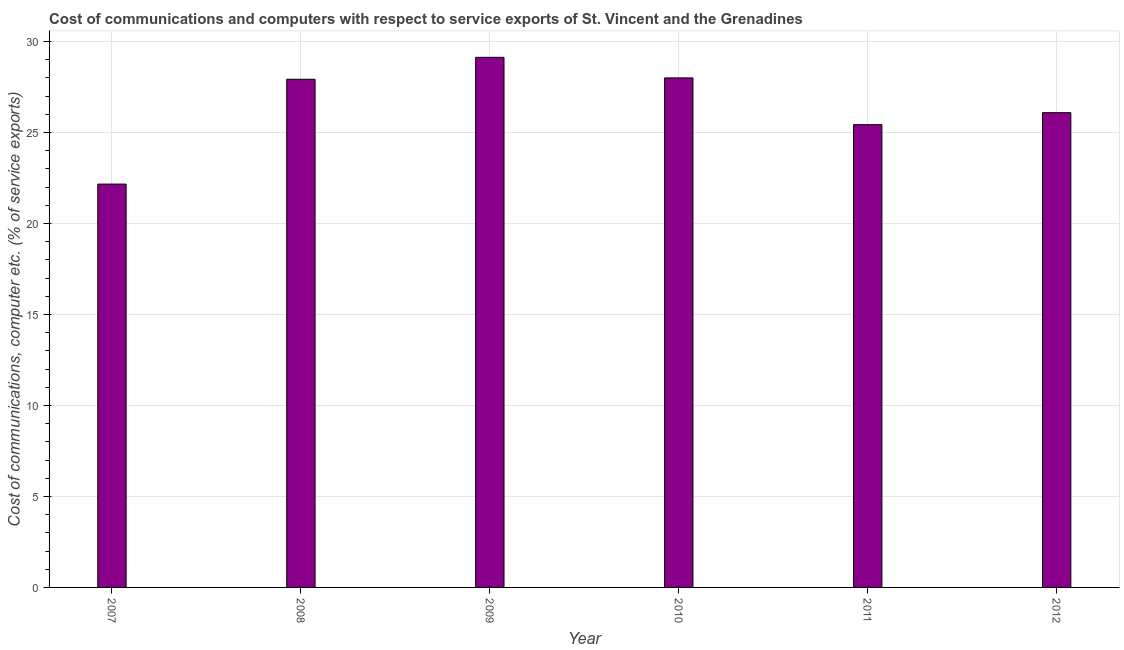
| Year | Communications |
 | --- | --- |
 | 2007 | 22.2 |
 | 2008 | 27.9 |
 | 2009 | 29.1 |
 | 2010 | 28 |
 | 2011 | 25.4 |
 | 2012 | 26.1 |